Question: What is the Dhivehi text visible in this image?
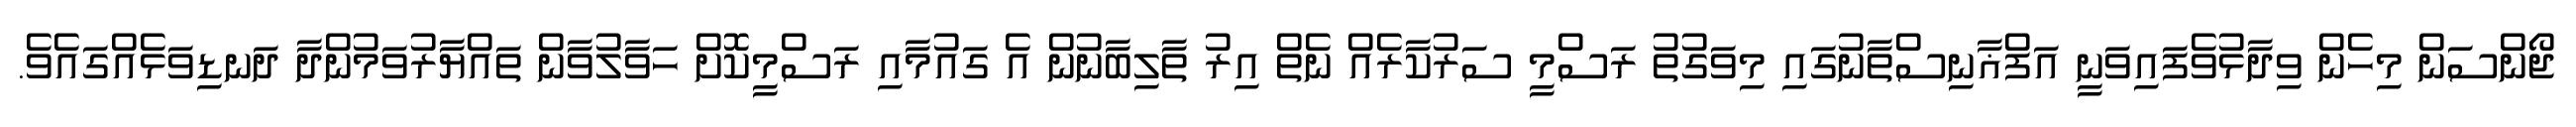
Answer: ޖޯންސަން މިހެން ވިދާޅުވެފައިވަނީ އަފްޣާނިސްތާނުގައި މިވަގުތު ރަސްމީ ސަރުކާރެއް ނެތް އިރު ތާލިބާނުން އެ ގައުމާއި ރަސްމީކޮށް ހަވާލުވާން ތައްޔާރުވަމުންދާ ދަނޑިވަޅެއްގައެވެ.